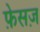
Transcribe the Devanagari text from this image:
फ़ेसज़